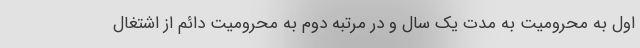
اوّل به محرومیت به مدت یک سال و در مرتبه دوم به محرومیت دائم از اشتغال